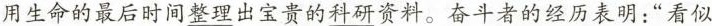
用生命的最后时间整理出宝贵的科研资料。奋斗者的经历表明：”看似